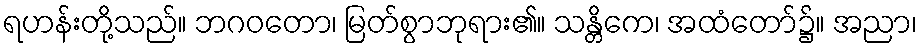
ရဟန်းတို့သည်။ ဘဂဝတော၊ မြတ်စွာဘုရား၏။ သန္တိကေ၊ အထံတော်၌။ အညာ၊